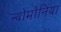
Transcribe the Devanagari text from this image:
न्योमोनिया